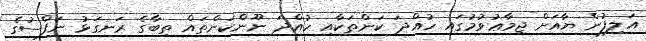
އަލިފުން ޔާއަށް ޖިމާޢުވުމުގައި ހުއްދަ ކަންތަކާއި ހުއްދަ ނޫންކަންތައް ތިބާގެ ރަނގަޅު ނަފްސުގެ